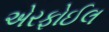
એરફોઈલ